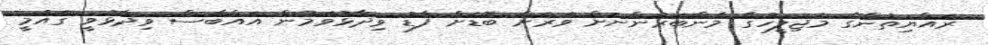
ރައްޔިތުންގެ މަޖިލީހުގެ މެންބަރުންނަށް ވަރަށް ބޮޑަށް ފާޑު ވިދާޅުވަމުން އައްބާސް ވިދާޅުވީ ގައުމީ